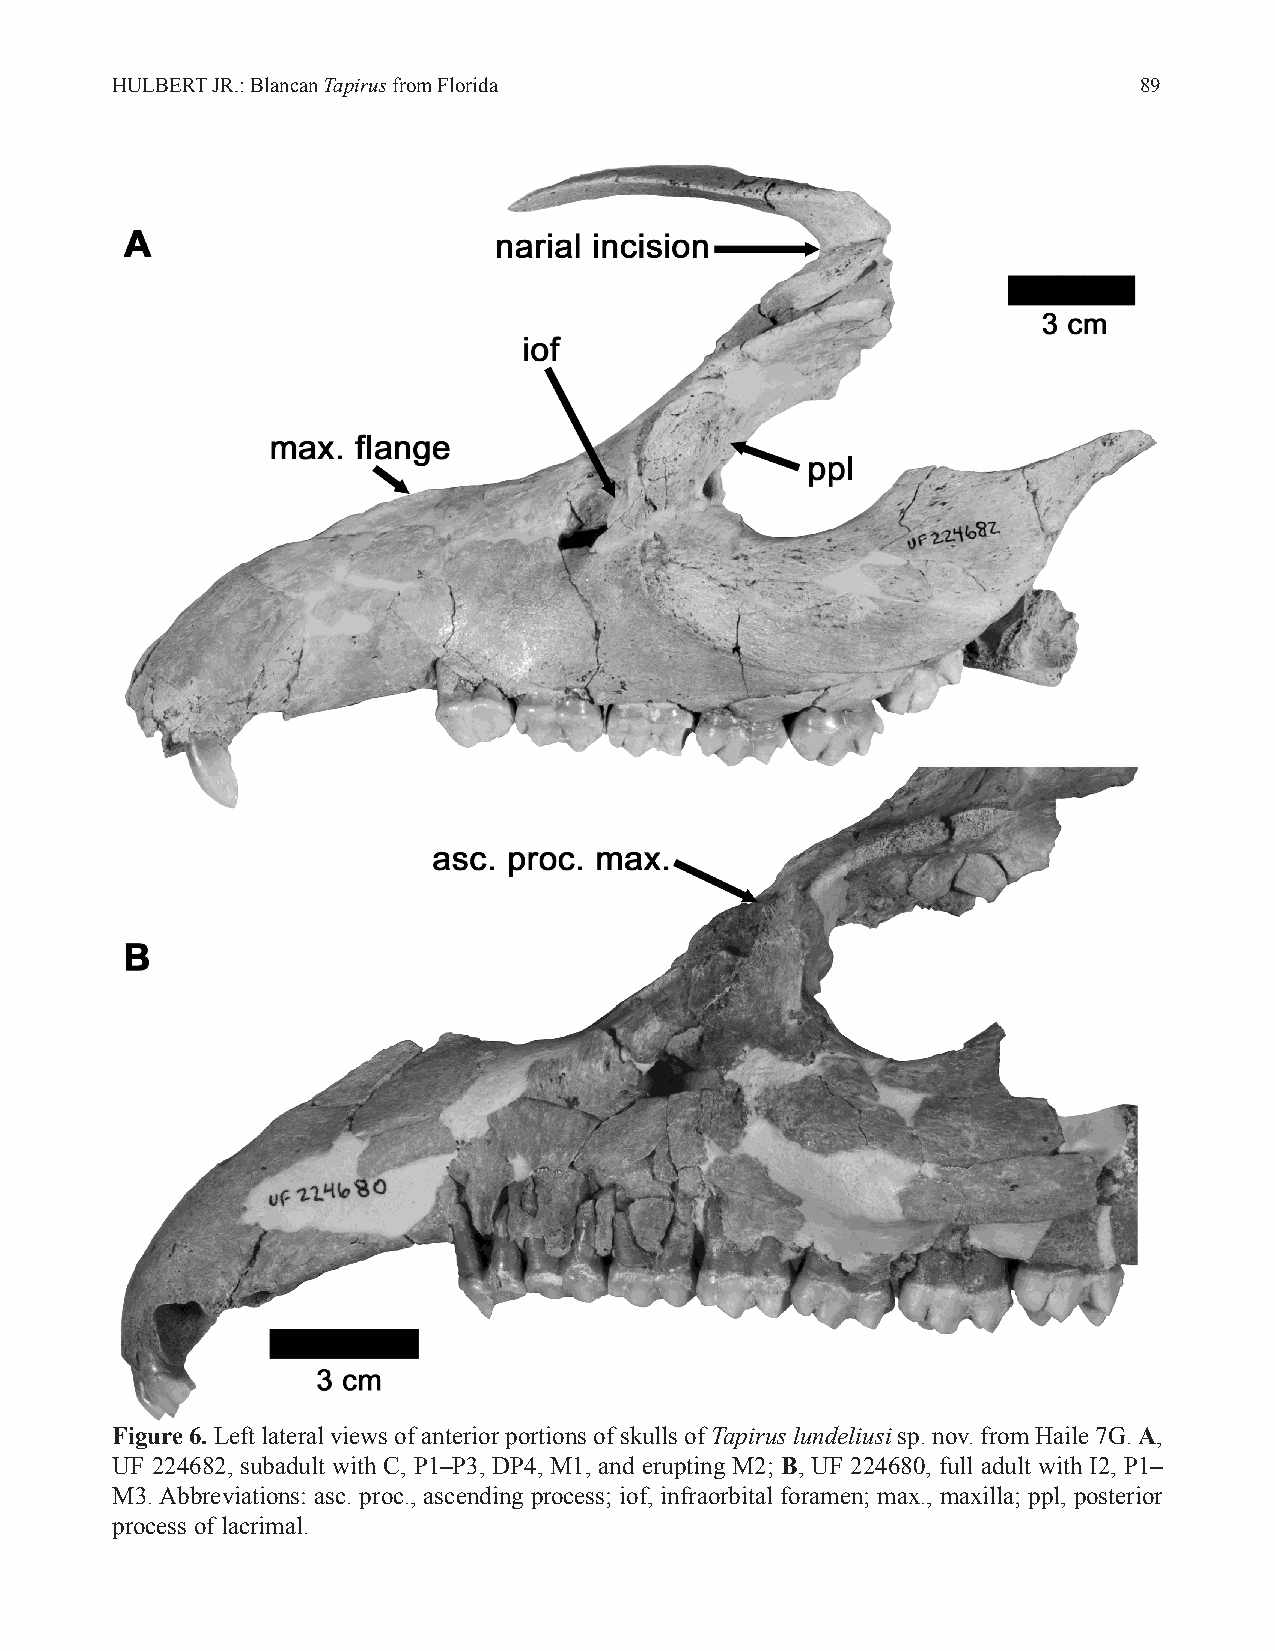
HULBERT JR.: Blancan Tapirus from Florida                           89
 Figure 6. Left lateral views of anterior portions of skulls of Tapirus lundeliusi sp. nov. from Haile 7G. A,
 UF 224682, subadult with C, P1–P3, DP4, M1, and erupting M2; B, UF 224680, full adult with I2, P1–
 M3. Abbreviations: asc. proc., ascending process; iof, infraorbital foramen; max., maxilla; ppl, posterior
 process of lacrimal.